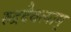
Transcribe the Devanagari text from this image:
रुद्रदैवत्याम्